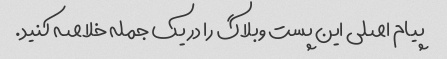
پیام اصلی این پست وبلاگ را در یک جمله خلاصه کنید.